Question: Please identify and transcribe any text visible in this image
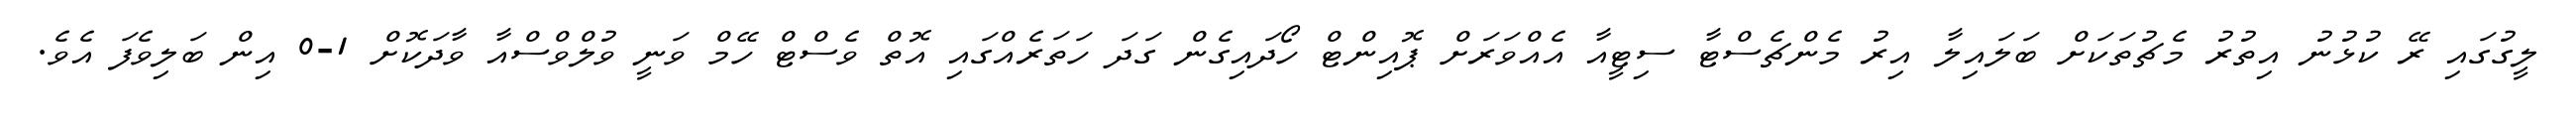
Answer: ލީގުގައި ރޭ ކުޅުނު އިތުރު މެޗުތަކަށް ބަލައިލާ އިރު މެންޗެސްޓާ ސިޓީއާ އެއްވަރަށް ޕޮއިންޓް ހޯދައިގެން ގަދަ ހަތަރެއްގައި އޮތް ވެސްޓް ހޭމް ވަނީ ވުލްވްސްއާ ވާދަކޮށް 1-0 އިން ބަލިވެފަ އެވެ.